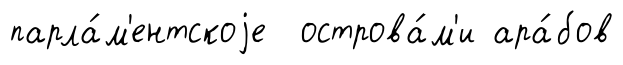
парла́м'ентскоjе острова́м'и ара́бов